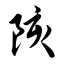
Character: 陔